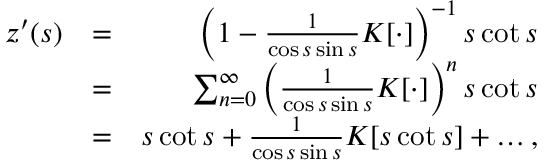
\begin{array} { r l r } { z ^ { \prime } ( s ) } & { = } & { \left( 1 - \frac { 1 } { \cos s \sin s } K [ \cdot ] \right) ^ { - 1 } s \cot s } \\ & { = } & { \sum _ { n = 0 } ^ { \infty } \left( \frac { 1 } { \cos s \sin s } K [ \cdot ] \right) ^ { n } s \cot s } \\ & { = } & { s \cot s + \frac { 1 } { \cos s \sin s } K [ s \cot s ] + \ldots , } \end{array}